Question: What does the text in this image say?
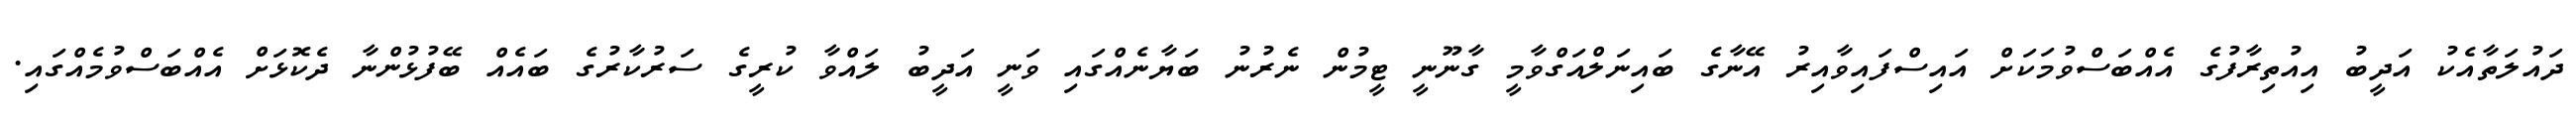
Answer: ދައުލަތާއެކު އަދީބު އިއުތިރާފުގެ އެއްބަސްވުމަކަށް އައިސްފައިވާއިރު އޭނާގެ ބައިނަލްއަގްވާމީ ގާނޫނީ ޓީމުން ނެރުނު ބަޔާނެއްގައި ވަނީ އަދީބު ލައްވާ ކުރީގެ ސަރުކާރުގެ ބައެއް ބޭފުޅުންނާ ދެކޮޅަށް އެއްބަސްވުމެއްގައި.